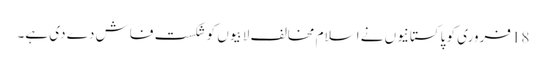
18فروری کو پاکستانیوں نے اسلام مخالف لابیوں کو شکست فاش دے دی ہے۔